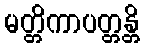
မတ္တိကာပတ္တန္တိ